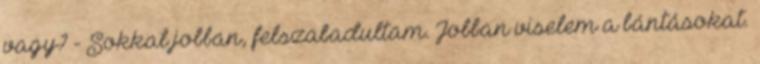
vagy? - Sokkal jobban, felszabadultam. Jobban viselem a bántásokat.